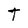
Character: T